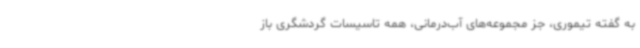
به گفته تیموری، جز مجموعه‌های آب‌درمانی‌، همه تاسیسات گردشگری باز